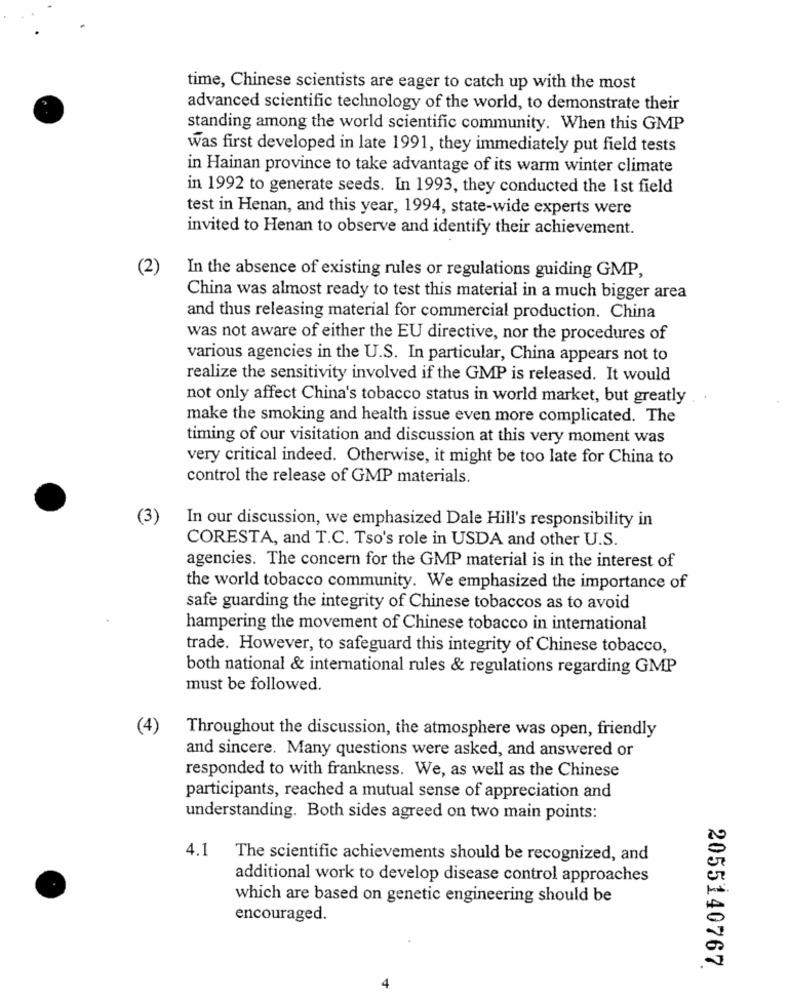
time, Chinese scientists are eager to catch up with the most
advanced scientific technology of the world, to demonstrate their
standing among the world scientific community. When this GMP
was first developed in late 1991, they immediately put field tests
in Hainan province to take advantage of its warm winter climate
in 1992 to generate seeds. In 1993, they conducted the 1st field
test in Henan, and this year, 1994, state-wide experts were
invited to Henan to observe and identify their achievement.
(2)
In the absence of existing rules or regulations guiding GMP,
China was almost ready to test this material in a much bigger area
and thus releasing material for commercial production. China
was not aware of either the EU directive, nor the procedures of
various agencies in the U.S. In particular, China appears not to
realize the sensitivity involved if the GMP is released. It would
not only affect China's tobacco status in world market, but greatly
make the smoking and health issue even more complicated. The
timing of our visitation and discussion at this very moment was
very critical indeed. Otherwise, it might be too late for China to
control the release of GMP materials.
3
In our discussion, we emphasized Dale Hill's responsibility in
CORESTA, and T.C. Tso's role in USDA and other U.S.
agencies. The concern for the GMP material is in the interest of
the world tobacco community. We emphasized the importance of
safe guarding the integrity of Chinese tobaccos as to avoid
hampering the movement of Chinese tobacco in international
trade. However, to safeguard this integrity of Chinese tobacco,
both national & international rules & regulations regarding GMP
must be followed.
(4)
Throughout the discussion, the atmosphere was open, friendly
and sincere. Many questions were asked, and answered or
responded to with frankness. We, as well as the Chinese
participants, reached a mutual sense of appreciation and
understanding. Both sides agreed on two main points:
4.1
The scientific achievements should be recognized, and
additional work to develop disease control approaches
which are based on genetic engineering should be
encouraged.
2055140767
4